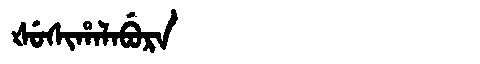
Manchu: ᡧᡠᠰᡳᡥᠠᠯᠠᠪᡠᡵᠠ
Romanization: ŠUSIHALABURA